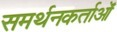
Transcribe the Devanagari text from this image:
समर्थनकर्ताओं